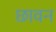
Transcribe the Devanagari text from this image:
छावन